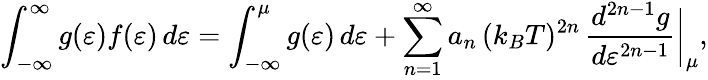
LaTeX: \int_{-\infty}^{\infty}g(\varepsilon)f(\varepsilon)\, d\varepsilon=\int_{-\infty}^{\mu}g(\varepsilon)\, d\varepsilon+\sum_{n=1}^{\infty}a_{n}\, (k_{B}T)^{2n}\, \frac{d^{2n-1}g}{d\varepsilon^{2n-1}}\bigg\vert_{\mu},